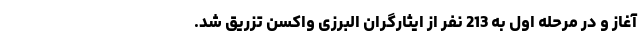
آغاز و در مرحله اول به 213 نفر از ایثارگران البرزی واکسن تزریق شد.